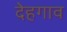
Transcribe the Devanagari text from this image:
देहगाव